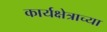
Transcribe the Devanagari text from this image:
कार्यक्षेत्राच्या